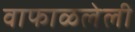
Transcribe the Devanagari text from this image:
वाफाळलेली